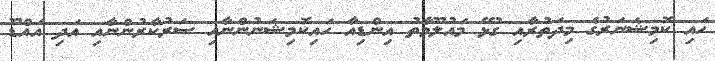
ހައި ކޮމިޝަނަރުގެ މިދަތުރާއި ގުޅޭ މައުލޫމާތު އިންޑިއާ ހައިކޮމިޝަނުންނާއި ސަރުކާރުންނާއި އަދި އައްޑޫ